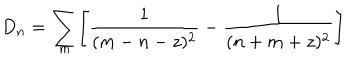
LaTeX: D _ { n } = \sum _ { m } \Biggl [ { \frac { 1 } { ( m - n - z ) ^ { 2 } } } - { \frac { 1 } { ( n + m + z ) ^ { 2 } } } \Biggr ]